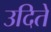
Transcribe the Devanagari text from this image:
उदिते